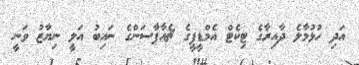
އަދި ހުޅުމާލެ ދާއިރާގެ ޓިކެޓް އެމްޑީޕީގެ ޗެއާޕާސަންގެ ނައިބު އަލީ ނިޔާޒު ވަނީ